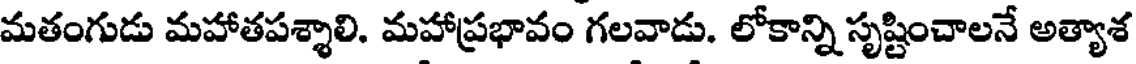
మతంగుడు మహాతపశ్శాలి. మహాప్రభావం గలవాడు. లోకాన్ని సృష్టించాలనే అత్యాశ